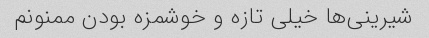
شیرینی‌ها خیلی تازه و خوشمزه بودن ممنونم